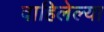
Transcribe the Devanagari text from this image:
वाहिलेल्‍या